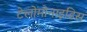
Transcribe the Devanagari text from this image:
टेलोमोनाइडिस